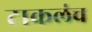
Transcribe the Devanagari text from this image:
टाकलंच